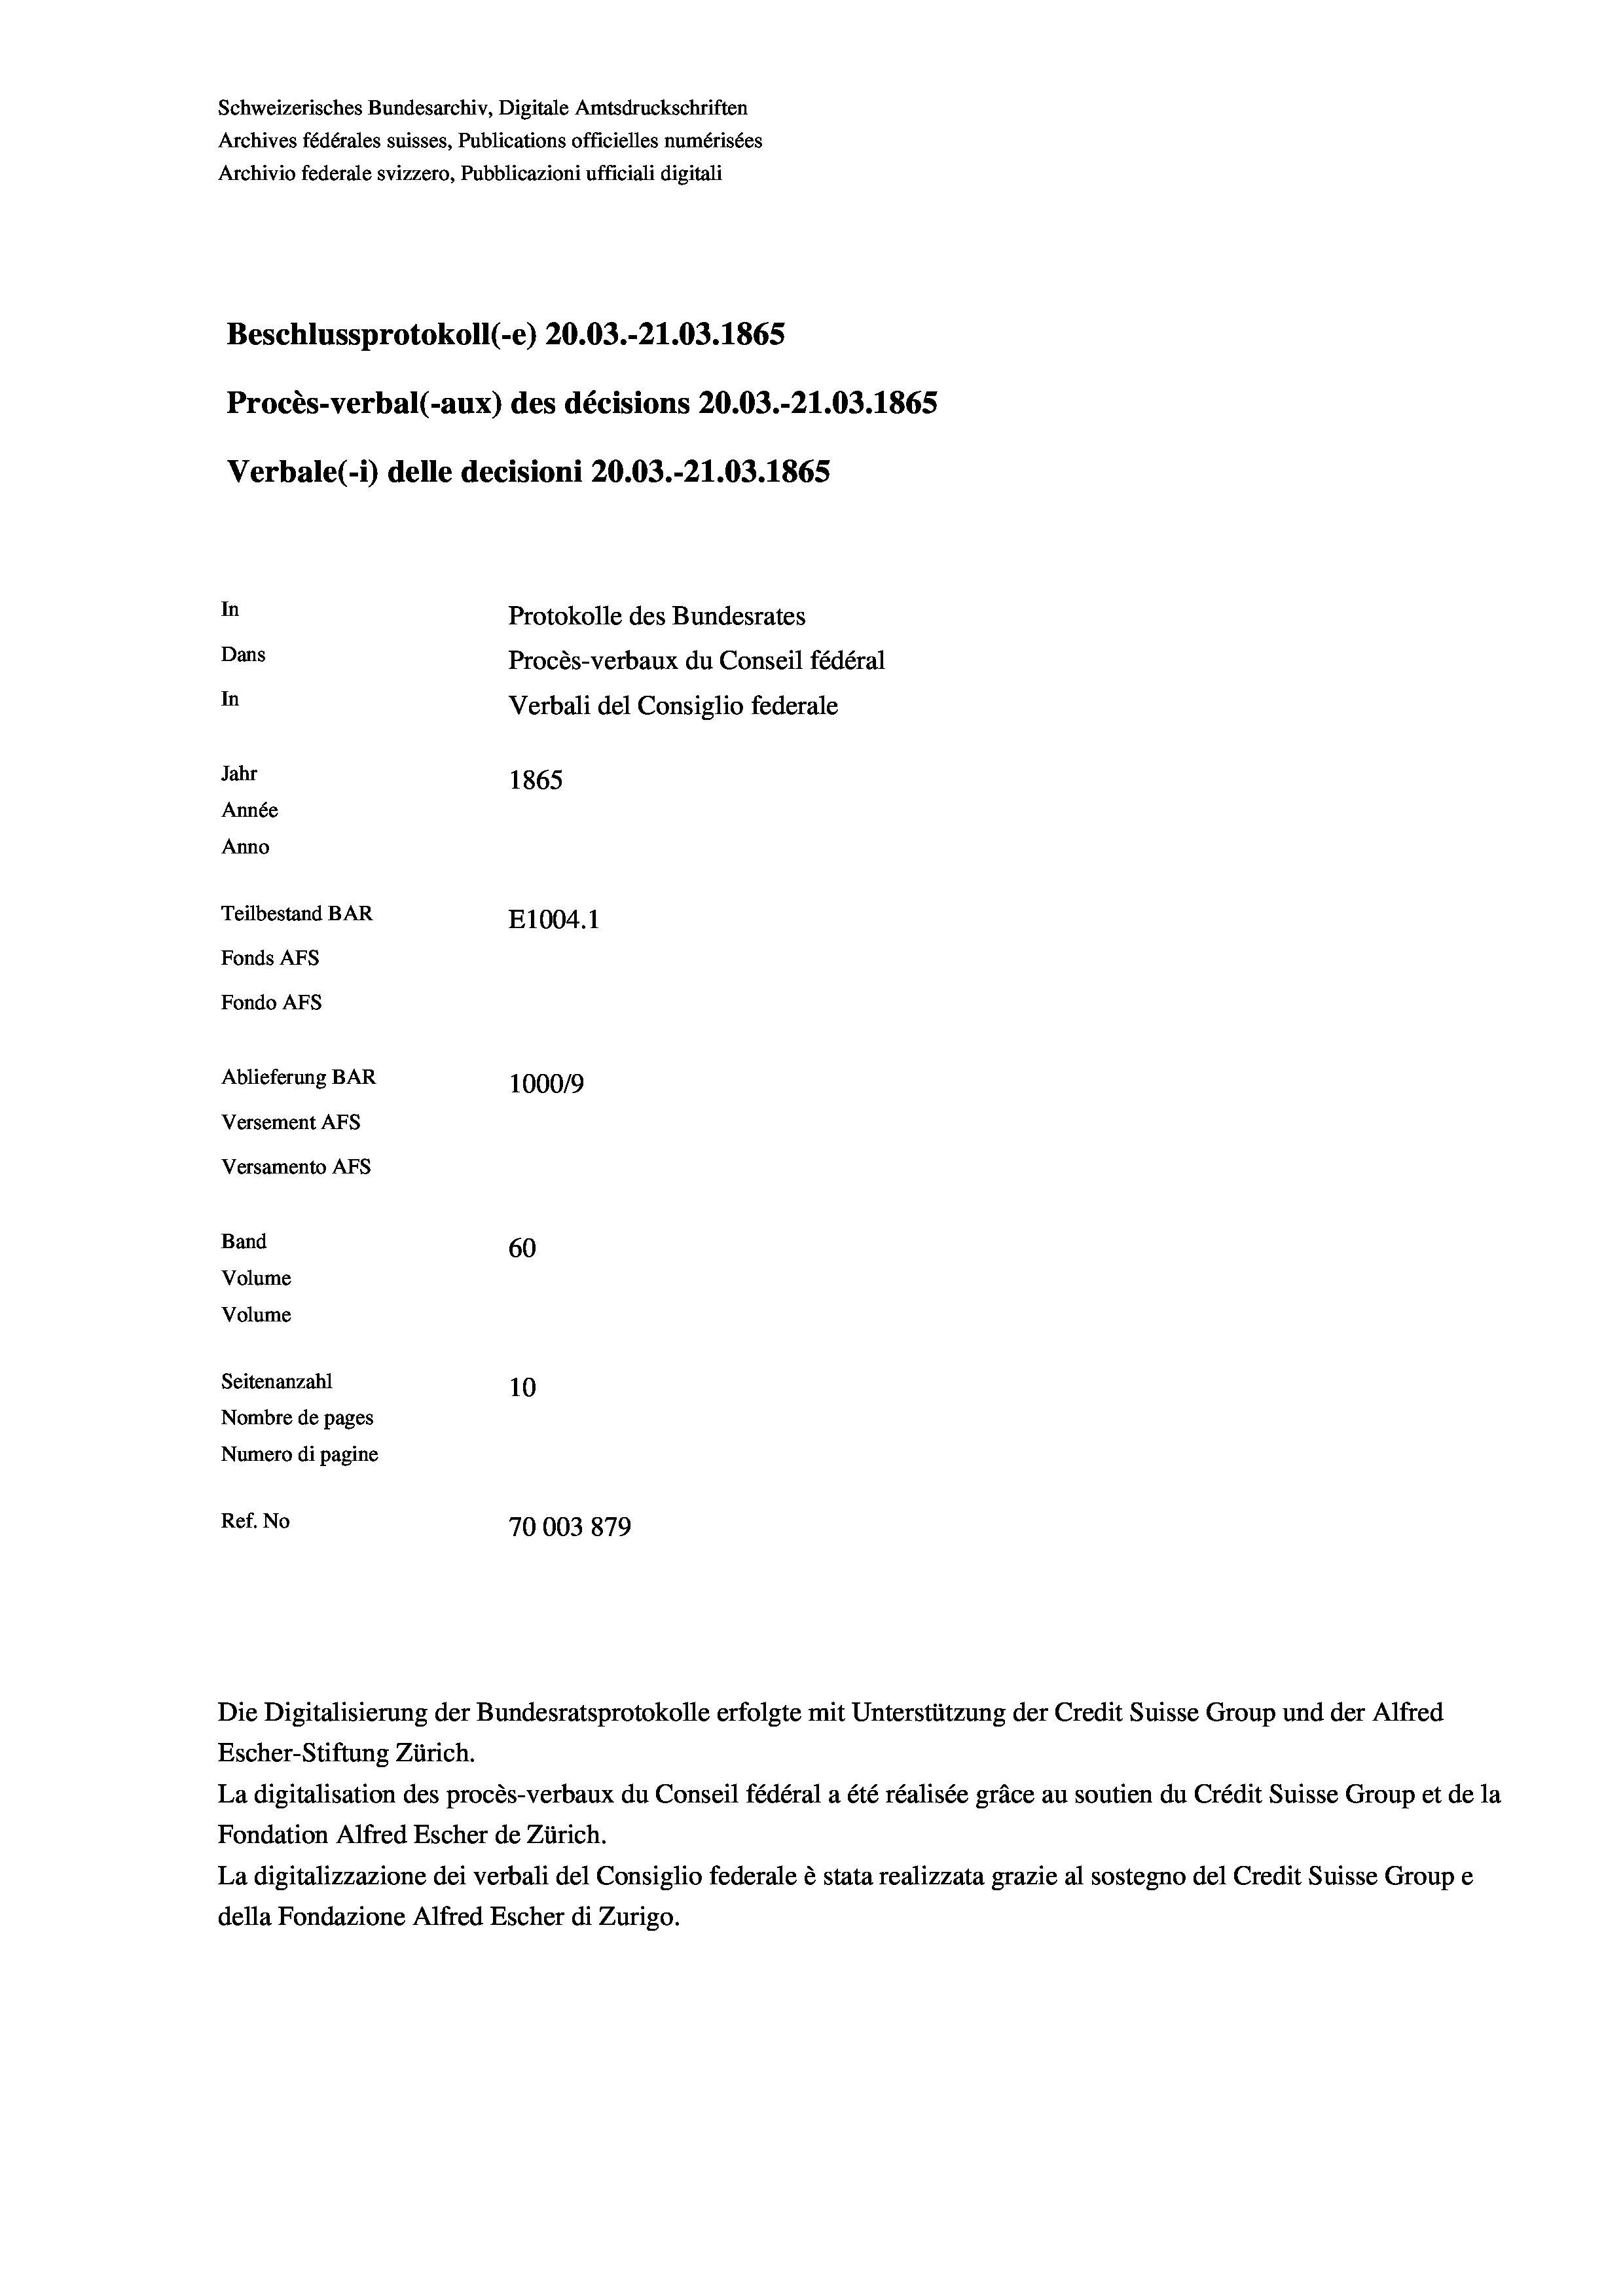
Schweizerisches Bundesarchiv, Digitale Amtsdruckschriften
Archives fédérales suisses, Publications officielles numérisées
Archivio federale svizzero, Pubblicazioni ufficiali digitali
Beschlussprotokoll (e) 20.03.-21.03. 1865
Procès-verbal (-aux) des décisions 20.03.-21.03. 1865
Verbale (- 1) delle decisioni 20.03.-21.03. 1865
In
Protokolle des Bundesrates
Dans
Procès-verbaux du Conseil fédéral
In
Verbali del Consiglio federale
Jahr
1865
Année
Anno
Teilbestand BAR
E1004.1
Fonds AFs
Fondo Afs
Ablieferung BAR
100019
Versement AFs
Versamento AFs

60
Seitenanzahl
10
Nombre de pages
Numero di pagine
Ref. No
70003879

Band
Volume

Volume

Escher-Stiftung Zürich.
La digitalisation des procès-verbaux du Conseil fédéral a été réalisée gräce au soutien du Crédit Suisse Group et de la
Fondation Alfred Escher de Zürich.
La digitalizzazione dei verbali del Consiglio federale è stata realizzata grazie al sostegno del Credit Suisse Groupe
della Fondazione Alfred Escher di Zurigo.

Die Digitalisierung der Bundesratsprotokolle erfolgte mit Unterstützung der Credit Suisse Group und der Alfred